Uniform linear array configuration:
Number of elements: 4
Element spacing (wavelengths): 0.75
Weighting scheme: hamming
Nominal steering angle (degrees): -15
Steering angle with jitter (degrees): -15.074
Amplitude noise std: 0.05
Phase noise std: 0.05

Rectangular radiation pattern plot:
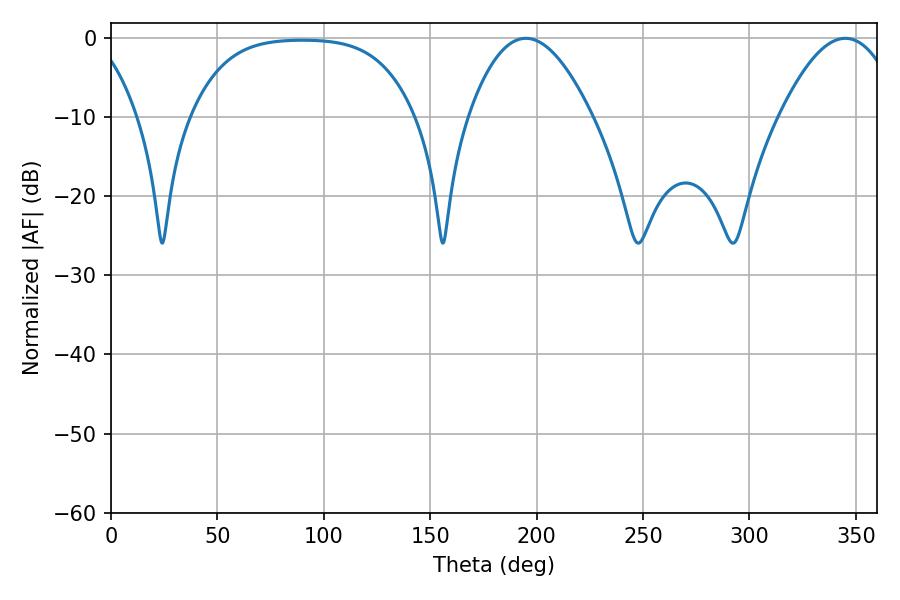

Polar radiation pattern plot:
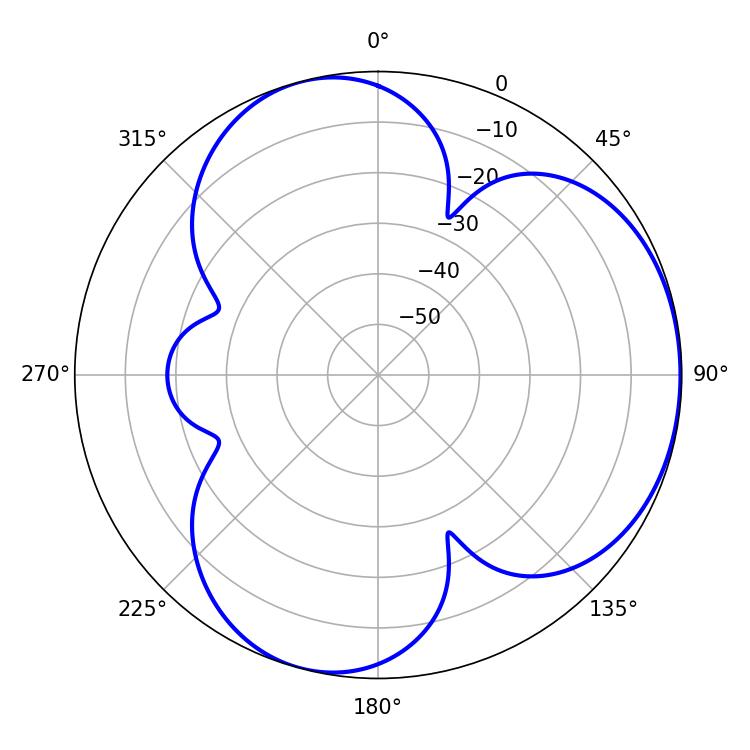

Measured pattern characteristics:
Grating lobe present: TRUE
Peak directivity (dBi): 4.198
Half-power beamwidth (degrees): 31.86
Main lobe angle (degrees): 194.94